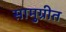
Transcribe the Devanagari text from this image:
सामुग्रीत